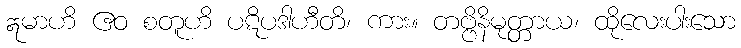
ဣမာဟိ ဧဝ စတူဟိ ပဋိပဒါဟီတိ၊ ကား။ တဗ္ဗိနိမုတ္တာယ၊ ထိုလေးပါးသော